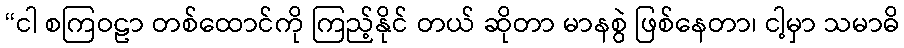
“ငါ စကြဝဠာ တစ်ထောင်ကို ကြည့်နိုင် တယ် ဆိုတာ မာနစွဲ ဖြစ်နေတာ၊ ငါ့မှာ သမာဓိ